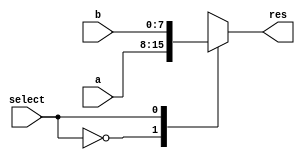
`timescale 1ns / 1ps
//////////////////////////////////////////////////////////////////////////////////
// Company: 
// Engineer: 
// 
// Design Name: 
// Module Name: alu
// Project Name: 
// Target Devices: 
// Tool Versions: 
// Description: 
// 
// Dependencies: 
// 
// Revision:
// Revision 0.01 - File Created
// Additional Comments:
// 
//////////////////////////////////////////////////////////////////////////////////


module mux2to1(
    input [7:0] a,
    input [7:0] b,
    input select,
    output reg [7:0] res
    );

    always @ (a, b, select)
        begin
            case (select)
                1'b0: res <= a;
                1'b1: res <= b;
                default: res <= 'bxxxxxxxx;
            endcase
        end
endmodule